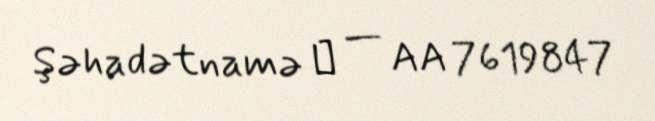
Şəhadətnamə № — AA 7619847